Annual administration report of the Civil Veterinary Department of India - 1908-1909
Year: 1908
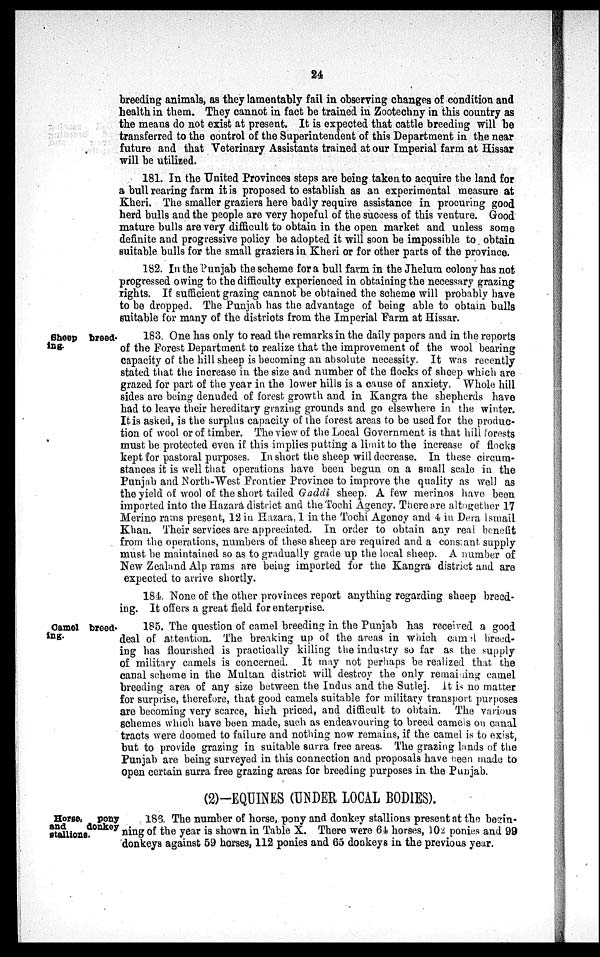
24
breeding animals, as they lamentably fail in observing changes of condition and
health in them. They cannot in fact be trained in Zootechny in this country as
the means do not exist at present. It is expected that cattle breeding will be
transferred to the control of the Superintendent of this Department in the near
future and that Veterinary Assistants trained at our Imperial farm at Hissar
will be utilized.
181. In the United Provinces steps are being taken to acquire the land for
a bull rearing farm it is proposed to establish as an experimental measure at
Kheri. The smaller graziers here badly require assistance in procuring good
herd bulls and the people are very hopeful of the success of this venture. Good
mature bulls are very difficult to obtain in the open market and unless some
definite and progressive policy be adopted it will soon be impossible to obtain
suitable bulls for the small graziers in Kheri or for other parts of the province.
182. In the Punjab the scheme for a bull farm in the Jhelum colony has not
progressed owing to the difficulty experienced in obtaining the necessary grazing
rights. If sufficient grazing cannot be obtained the scheme will probably have
to be dropped. The Punjab has the advantage of being able to obtain bulls
suitable for many of the districts from the Imperial Farm at Hissar.
Sheep breed-
ing.
183. One has only to read the remarks in the daily papers and in the reports
of the Forest Department to realize that the improvement of the wool bearing
capacity of the hill sheep is becoming an absolute necessity. It was recently
stated that the increase in the size and number of the flocks of sheep which are
grazed for part of the year in the lower hills is a cause of anxiety. Whole hill
sides are being denuded of forest growth and in Kangra the shepherds have
had to leave their hereditary grazing grounds and go elsewhere in the winter.
It is asked, is the surplus capacity of the forest areas to be used for the produc-
tion of wool or of timber. The view of the Local Government is that hill forests
must be protected even if this implies putting a limit to the increase of flocks
kept for pastoral purposes. In short the sheep will decrease. In these circum-
stances it is well that operations have been begun on a small scale in the
Punjab and North-West Frontier Province to improve the quality as well as
the yield of wool of the short tailed Gaddi sheep. A few merinos have been
imported into the Hazara district and the Tochi Agency. There are altogether 17
Merino rams present, 12 in Hazara, 1 in the Tochi Agency and 4 in Dera Ismail
Khan. Their services are appreciated. In order to obtain any real benefit
from the operations, numbers of these sheep are required and a constant supply
must be maintained so as to gradually grade up the local sheep. A number of
New Zealand Alp rams are being imported for the Kangra district and are
expected to arrive shortly.
184. None of the other provinces report anything regarding sheep breed-
ing. It offers a great field for enterprise.
Camel breed-
ing.
185. The question of camel breeding in the Punjab has received a good
deal of attention. The breaking up of the areas in which camel breed-
ing has flourished is practically killing the industry so far as the supply
of military camels is concerned. It may not perhaps be realized that the
canal scheme in the Multan district will destroy the only remaining camel
breeding area of any size between the Indus and the Sutlej. It is no matter
for surprise, therefore, that good camels suitable for military transport purposes
are becoming very scarce, high priced, and difficult to obtain. The various
schemes which have been made, such as endeavouring to breed camels on canal
tracts were doomed to failure and nothing now remains, if the camel is to exist,
but to provide grazing in suitable surra free areas. The grazing lands of the
Punjab are being surveyed in this connection and proposals have been made to
open certain surra free grazing areas for breeding purposes in the Punjab.
(2)-EQUINES (UNDER LOCAL BODIES).
Horse, pony
and
donkey
stallions.
186. The number of horse, pony and donkey stallions present at the begin-
ning of the year is shown in Table X. There were 64 horses, 102 ponies and 99
donkeys against 59 horses, 112 ponies and 65 donkeys in the previous year.